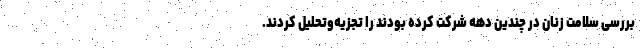
بررسی سلامت زنان در چندین دهه شرکت کرده بودند را تجزیه‌وتحلیل کردند.